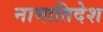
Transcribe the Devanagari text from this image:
नामातिदेश